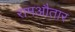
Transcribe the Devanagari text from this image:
रामऔतार